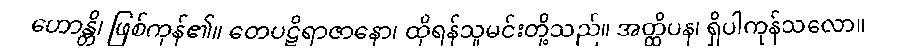
ဟောန္တိ၊ ဖြစ်ကုန်၏။ တေပဋိရာဇာနော၊ ထိုရန်သူမင်းတို့သည်။ အတ္ထိပန၊ ရှိပါကုန်သလော။